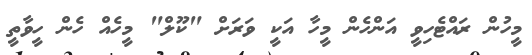
މީހުން ރައްޓެހިވީ އަންހެން މީހާ އަކީ ވަރަށް "ކޫލް" މީހެއް ހެން ހީވާތީ